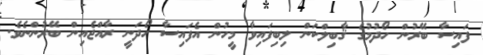
ފައިސާ ބޭރުން ހޯދުމުގެ ޤާބިލްކަން ލިބިފައިވާ މީހުން އެފައިސާ ހޯދަނީ ރާއްޖެއިން ބޭރުންނެވެ.